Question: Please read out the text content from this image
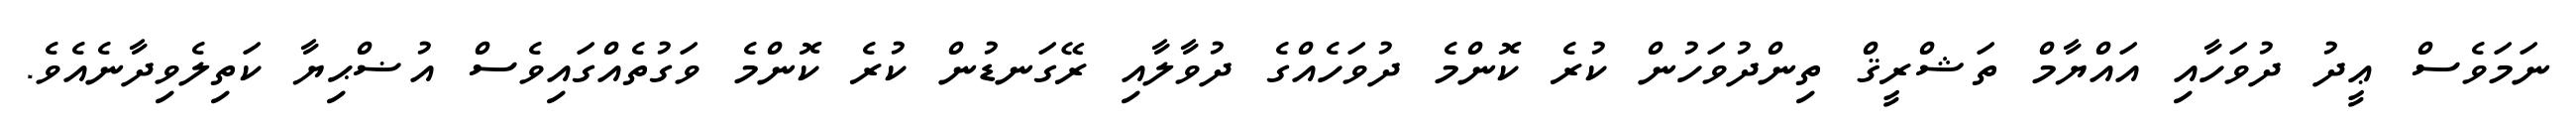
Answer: ނަމަވެސް ޢީދު ދުވަހާއި އައްޔާމް ތަޝްރީޤް ތިންދުވަހުން ކުރެ ކޮންމެ ދުވަހެއްގެ ދުވާލާއި ރޭގަނޑުން ކުރެ ކޮންމެ ވަގުތެއްގައިވެސް އުޟްޙިޔާ ކަތިލެވިދާނެއެވެ.